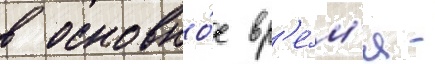
в основно́е вр'е́м'я -